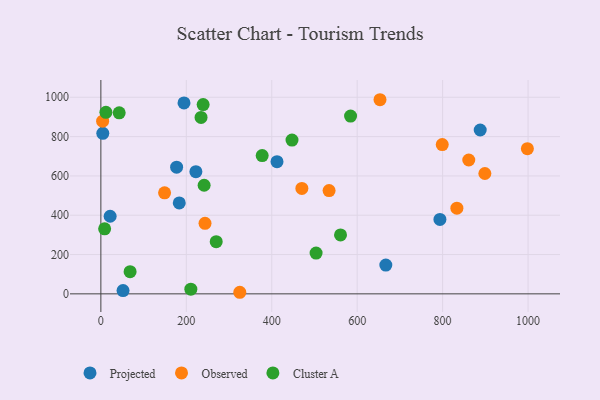
{"axis": {"x": "Ad Spend", "y": "Sales"}, "legend": ["Cluster A", "Observed", "Projected"], "data": [{"x": "51.9", "y": 16.5, "type": "Projected"}, {"x": "4.5", "y": 816.7, "type": "Projected"}, {"x": "194.6", "y": 971.4, "type": "Projected"}, {"x": "183.5", "y": 462.8, "type": "Projected"}, {"x": "222.4", "y": 621.7, "type": "Projected"}, {"x": "21.7", "y": 394.8, "type": "Projected"}, {"x": "667.0", "y": 146.5, "type": "Projected"}, {"x": "177.3", "y": 644.6, "type": "Projected"}, {"x": "793.7", "y": 378.7, "type": "Projected"}, {"x": "888.0", "y": 833.5, "type": "Projected"}, {"x": "412.3", "y": 672.3, "type": "Projected"}, {"x": "149.1", "y": 513.9, "type": "Observed"}, {"x": "833.4", "y": 435.9, "type": "Observed"}, {"x": "998.4", "y": 738.6, "type": "Observed"}, {"x": "325.2", "y": 8.0, "type": "Observed"}, {"x": "799.1", "y": 759.6, "type": "Observed"}, {"x": "534.2", "y": 525.2, "type": "Observed"}, {"x": "4.1", "y": 878.3, "type": "Observed"}, {"x": "243.8", "y": 358.8, "type": "Observed"}, {"x": "898.9", "y": 612.2, "type": "Observed"}, {"x": "470.5", "y": 536.1, "type": "Observed"}, {"x": "653.4", "y": 987.6, "type": "Observed"}, {"x": "861.2", "y": 680.9, "type": "Observed"}, {"x": "42.9", "y": 920.8, "type": "Cluster A"}, {"x": "210.6", "y": 23.7, "type": "Cluster A"}, {"x": "447.4", "y": 782.2, "type": "Cluster A"}, {"x": "584.5", "y": 904.4, "type": "Cluster A"}, {"x": "234.5", "y": 897.4, "type": "Cluster A"}, {"x": "561.0", "y": 300.0, "type": "Cluster A"}, {"x": "270.0", "y": 265.4, "type": "Cluster A"}, {"x": "8.8", "y": 330.9, "type": "Cluster A"}, {"x": "239.4", "y": 962.8, "type": "Cluster A"}, {"x": "241.7", "y": 552.4, "type": "Cluster A"}, {"x": "503.8", "y": 207.2, "type": "Cluster A"}, {"x": "11.8", "y": 923.4, "type": "Cluster A"}, {"x": "377.6", "y": 703.7, "type": "Cluster A"}, {"x": "68.4", "y": 112.6, "type": "Cluster A"}]}